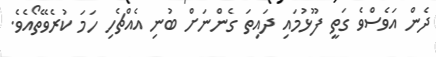
ދެން އަވެސްވެ ގަތީ ފޫޅުމައި ދައިތަ ގެންނަށް ބުނި އެއްޗެހި ހަމަ ކުރެވޭތޯއެވެ.